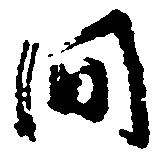
間